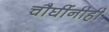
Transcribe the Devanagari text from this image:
चौघींनीही